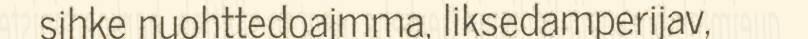
sihke nuohttedoajmma, liksedamperijav,